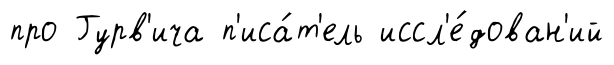
про Гурв'ича п'иса́т'ель иссл'е́дован'ий